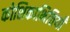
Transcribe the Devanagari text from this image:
कोशिकाभित्तियाँ